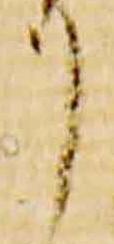
リ